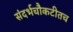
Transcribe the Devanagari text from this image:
संदर्भचौकटीतच